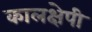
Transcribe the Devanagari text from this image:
कालक्षेपी